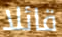
قائلا